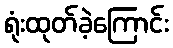
ရုံးထုတ်ခဲ့ကြောင်း